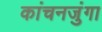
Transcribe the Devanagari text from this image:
कांचनजुंगा